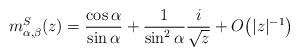
LaTeX: \begin{align*}m_{\alpha,\beta}^S(z)= \frac{\cos\alpha}{\sin\alpha}+\frac1{\sin^2 \alpha}\frac{i}{\sqrt{z}}+O \big( |z|^{-1} \big)\end{align*}